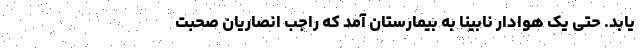
یابد. حتی یک هوادار نابینا به بیمارستان آمد که راجب انصاریان صحبت